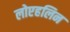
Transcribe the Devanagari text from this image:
लोएहलिन